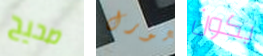
صحيح لورل يكون